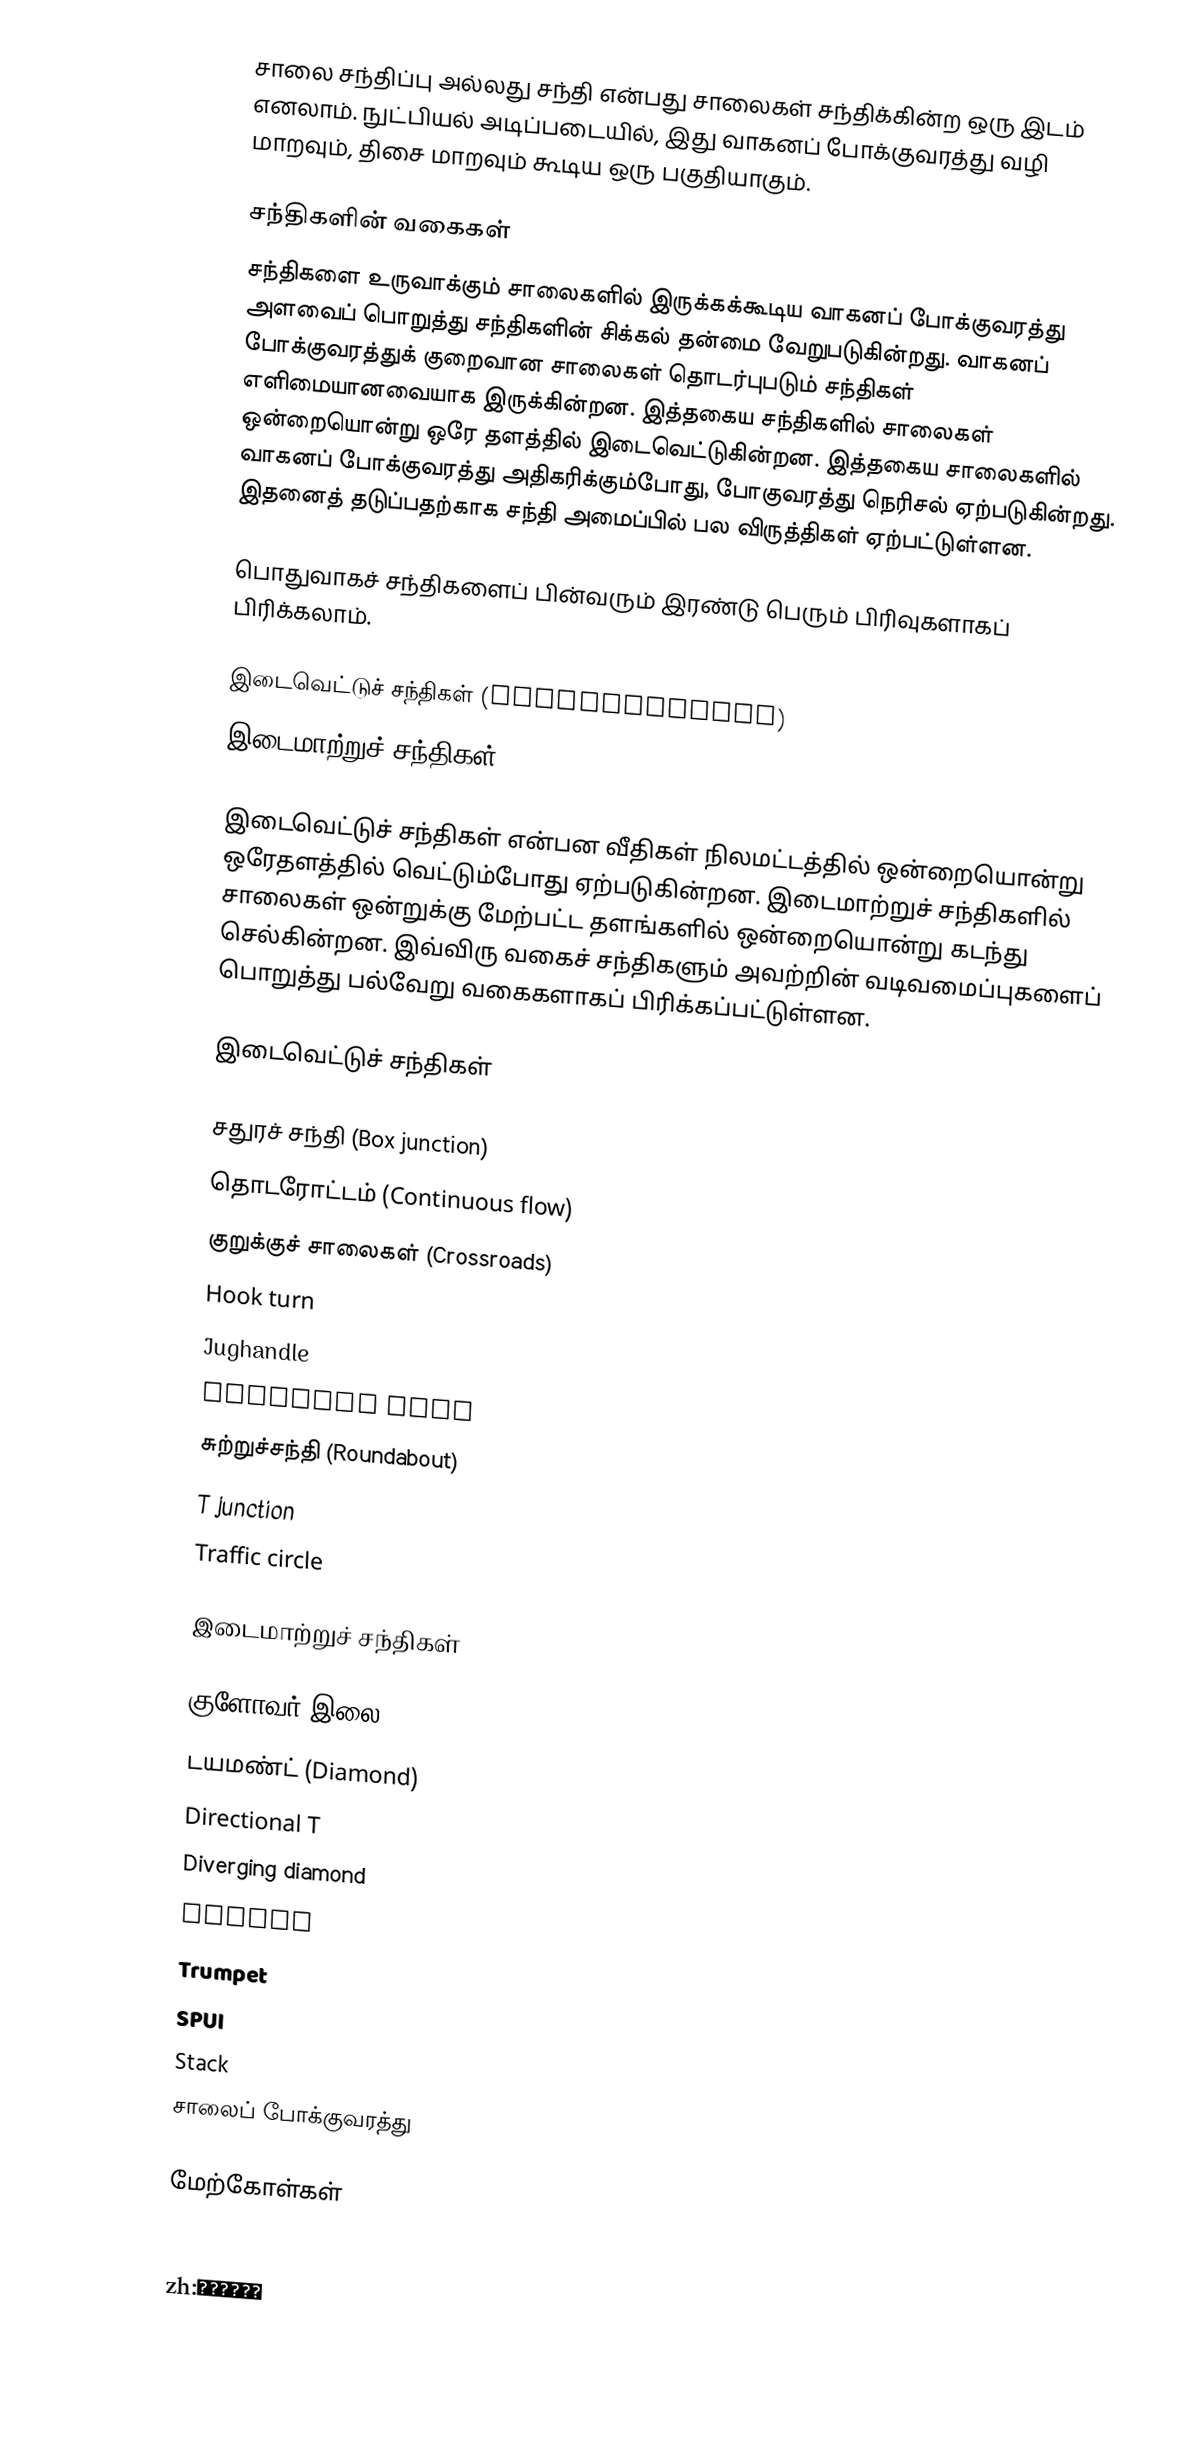
சாலை சந்திப்பு அல்லது சந்தி என்பது சாலைகள் சந்திக்கின்ற ஒரு இடம் எனலாம். நுட்பியல் அடிப்படையில், இது வாகனப் போக்குவரத்து வழி மாறவும், திசை மாறவும் கூடிய ஒரு பகுதியாகும்.

சந்திகளின் வகைகள்
சந்திகளை உருவாக்கும் சாலைகளில் இருக்கக்கூடிய வாகனப் போக்குவரத்து அளவைப் பொறுத்து சந்திகளின் சிக்கல் தன்மை வேறுபடுகின்றது. வாகனப் போக்குவரத்துக் குறைவான சாலைகள் தொடர்புபடும் சந்திகள் எளிமையானவையாக இருக்கின்றன. இத்தகைய சந்திகளில் சாலைகள் ஒன்றையொன்று ஒரே தளத்தில் இடைவெட்டுகின்றன. இத்தகைய சாலைகளில் வாகனப் போக்குவரத்து அதிகரிக்கும்போது, போகுவரத்து நெரிசல் ஏற்படுகின்றது. இதனைத் தடுப்பதற்காக சந்தி அமைப்பில் பல விருத்திகள் ஏற்பட்டுள்ளன.

பொதுவாகச் சந்திகளைப் பின்வரும் இரண்டு பெரும் பிரிவுகளாகப் பிரிக்கலாம்.

 இடைவெட்டுச் சந்திகள் (Intersections)
 இடைமாற்றுச் சந்திகள் (Interchanges)

இடைவெட்டுச் சந்திகள் என்பன வீதிகள் நிலமட்டத்தில் ஒன்றையொன்று ஒரேதளத்தில் வெட்டும்போது ஏற்படுகின்றன. இடைமாற்றுச் சந்திகளில் சாலைகள் ஒன்றுக்கு மேற்பட்ட தளங்களில் ஒன்றையொன்று கடந்து செல்கின்றன. இவ்விரு வகைச் சந்திகளும் அவற்றின் வடிவமைப்புகளைப் பொறுத்து பல்வேறு வகைகளாகப் பிரிக்கப்பட்டுள்ளன.

இடைவெட்டுச் சந்திகள்

 சதுரச் சந்தி (Box junction)
 தொடரோட்டம் (Continuous flow)
 குறுக்குச் சாலைகள் (Crossroads)
 Hook turn
 Jughandle
 Michigan left
 சுற்றுச்சந்தி (Roundabout)
 T junction
 Traffic circle

இடைமாற்றுச் சந்திகள்

 குளோவர் இலை (Cloverleaf)
 டயமண்ட் (Diamond)
 Directional T
 Diverging diamond
 Parclo
 Trumpet
 SPUI
 Stack
சாலைப் போக்குவரத்து

மேற்கோள்கள்

de:Straßenkreuzung
zh:平面道路交叉